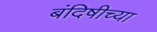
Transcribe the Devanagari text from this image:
बंदिषीच्या